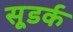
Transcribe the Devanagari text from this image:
सूडर्क